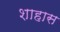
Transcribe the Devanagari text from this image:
शाहास